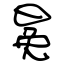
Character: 冕